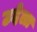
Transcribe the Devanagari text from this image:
उदेला